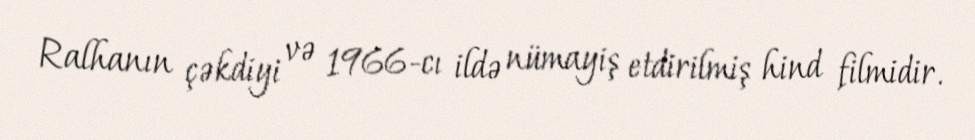
Ralhanın çəkdiyi və 1966-cı ildə nümayiş etdirilmiş hind filmidir.